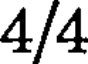
4/4